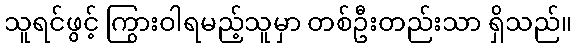
သူရင်ဖွင့် ကြွားဝါရမည့်သူမှာ တစ်ဦးတည်းသာ ရှိသည်။